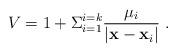
LaTeX: \begin{align*}V = 1 + \Sigma ^{i=k}_{i=1} {{\mu_i} \over {| {\bf x}- {\bf x}_i |}} \ .\end{align*}